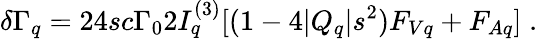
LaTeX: \delta\Gamma_{q}=24sc\Gamma_{0}2I_{q}^{(3)}[(1-4|Q_{q}|s^{2})F_{Vq}+F_{Aq}]\; .